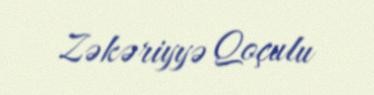
Zəkəriyyə Qoçulu